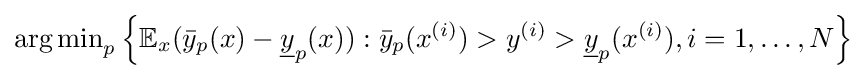
\operatorname {arg\,min} _{p}\left\{\mathbb {E} _{x}({\bar {y}}_{p}(x)-{\underline {y}}_{p}(x)):{\bar {y}}_{p}(x^{(i)})>y^{(i)}>{\underline {y}}_{p}(x^{(i)}),i=1,\ldots ,N\right\}